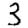
Digit: 3